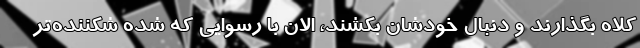
کلاه بگذارند و دنبال خودشان بکشند، الان با رسوایی که شده شکننده‌تر